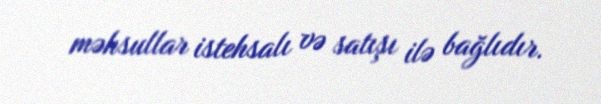
məhsullar istehsalı və satışı ilə bağlıdır.